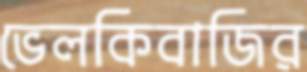
ভেলকিবাজির